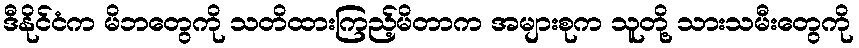
ဒီနိုင်ငံက မိဘတွေကို သတိထားကြည့်မိတာက အများစုက သူတို့ သားသမီးတွေကို